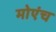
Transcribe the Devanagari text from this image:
मोएंच